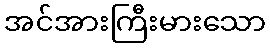
အင်အားကြီးမားသော